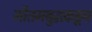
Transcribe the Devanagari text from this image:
गौतमबुद्धकडून